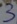
Text: 3